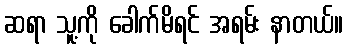
ဆရာ သူ့ကို ခေါက်မိရင် အရမ်း နာတယ်။